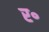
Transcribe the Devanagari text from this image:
र॰